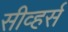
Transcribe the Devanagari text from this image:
सीव्हर्स